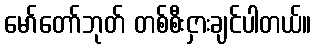
မော်တော်ဘုတ် တစ်စီးငှားချင်ပါတယ်။